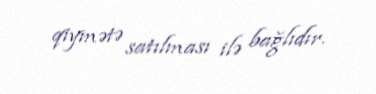
qiymətə satılması ilə bağlıdır.